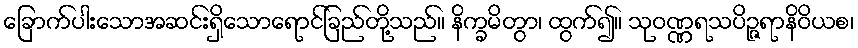
ခြောက်ပါးသောအဆင်းရှိသောရောင်ခြည်တို့သည်။ နိက္ခမိတွာ၊ ထွက်၍။ သုဝဏ္ဏရသပိဉ္ဇရာနိဝိယစ၊